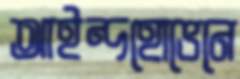
আইন্দহোভেনে